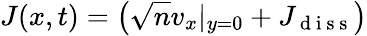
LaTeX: J(x,t)=\left(\sqrt{n}v_{x}|_{y=0}+J_{\mathrm{~d~i~s~s~}}\right)